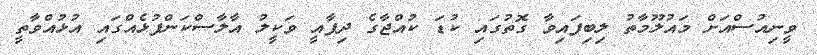
ވީނިއުސްއަށް މައުލޫމާތު ލިބިފައިވާ ގޮތުގައި ކުޑަ ކުއްޖާގެ ދިފާއީ ވަކީލު އާލާސްކަންފުޅެއްގައި އުޅުއްވާތީ